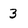
Character: 3